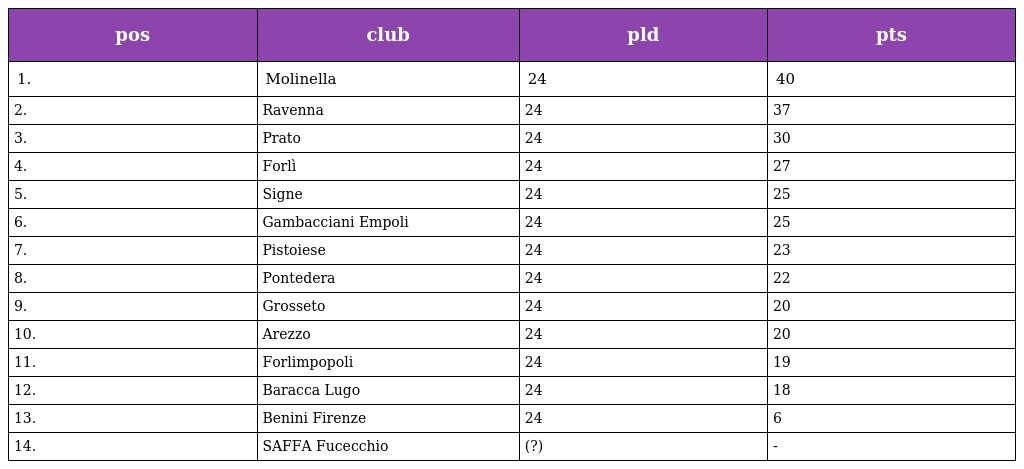
| pos | club | pld | pts |
 | --- | --- | --- | --- |
 | 1. | Molinella | 24 | 40 |
 | 2. | Ravenna | 24 | 37 |
 | 3. | Prato | 24 | 30 |
 | 4. | Forlì | 24 | 27 |
 | 5. | Signe | 24 | 25 |
 | 6. | Gambacciani Empoli | 24 | 25 |
 | 7. | Pistoiese | 24 | 23 |
 | 8. | Pontedera | 24 | 22 |
 | 9. | Grosseto | 24 | 20 |
 | 10. | Arezzo | 24 | 20 |
 | 11. | Forlimpopoli | 24 | 19 |
 | 12. | Baracca Lugo | 24 | 18 |
 | 13. | Benini Firenze | 24 | 6 |
 | 14. | SAFFA Fucecchio | (?) | - |